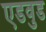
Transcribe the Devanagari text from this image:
एडवुड